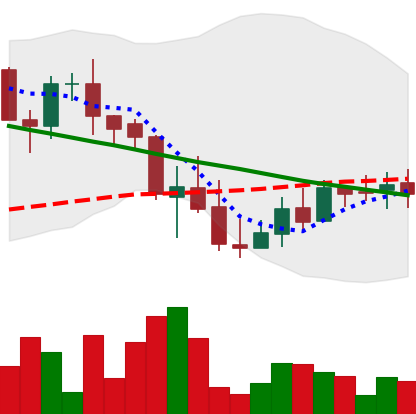
Ticker: LINK-USD
Chart end date: 2018-09-17
Forward return: 25.729%
Label: up_7plus